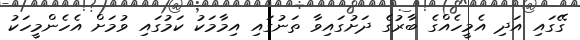
ގޭގައި އަދި އެމީހެއްގެ ބާރުގެ ދަށުގައިވާ ތަނުގައި އިމާމަކު ކަމުގައި ވުމަށް އެހެންމީހަކު